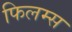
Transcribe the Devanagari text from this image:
फिलम्स